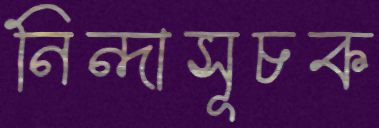
নিন্দাসূচক